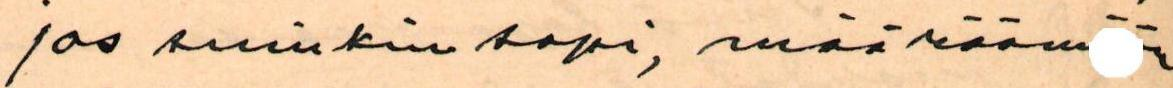
jos suinkin sopii, määrääm  n